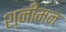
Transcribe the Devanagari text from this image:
श्नीमन